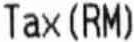
TAX(RM)